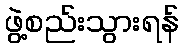
ဖွဲ့စည်းသွားရန်